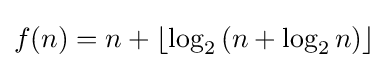
f(n)=n+\left\lfloor \log _{2}\left(n+\log _{2}n\right)\right\rfloor